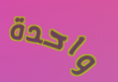
واحدة